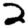
Digit: 2